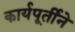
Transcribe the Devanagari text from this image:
कार्यपूर्तीने